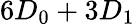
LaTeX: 6D_{0}+3D_{1}